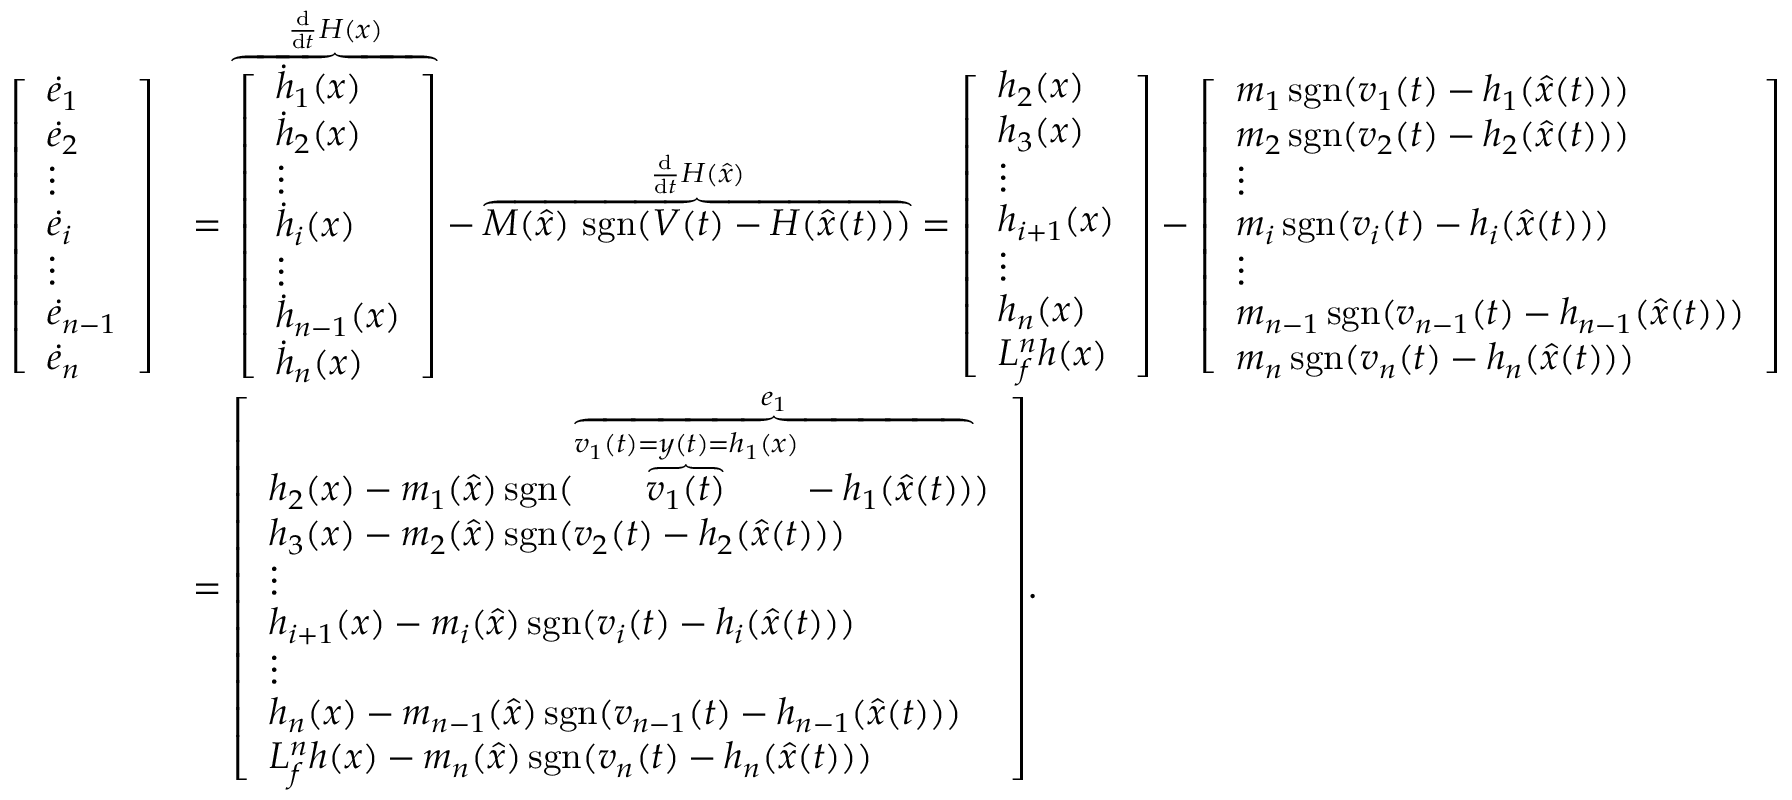
{ \begin{array} { r l } { { \left[ \begin{array} { l } { { \dot { e } } _ { 1 } } \\ { { \dot { e } } _ { 2 } } \\ { \vdots } \\ { { \dot { e } } _ { i } } \\ { \vdots } \\ { { \dot { e } } _ { n - 1 } } \\ { { \dot { e } } _ { n } } \end{array} \right] } } & { = { \mathord { \overbrace { \left[ \begin{array} { l } { { \dot { h } } _ { 1 } ( x ) } \\ { { \dot { h } } _ { 2 } ( x ) } \\ { \vdots } \\ { { \dot { h } } _ { i } ( x ) } \\ { \vdots } \\ { { \dot { h } } _ { n - 1 } ( x ) } \\ { { \dot { h } } _ { n } ( x ) } \end{array} \right] } ^ { { \frac { \mathrm { d } } { \mathrm { d } t } } H ( x ) } } } - { \mathord { \overbrace { M ( { \hat { x } } ) \, \operatorname { s g n } ( V ( t ) - H ( { \hat { x } } ( t ) ) ) } ^ { { \frac { \mathrm { d } } { \mathrm { d } t } } H ( { \hat { x } } ) } } } = { \left[ \begin{array} { l } { h _ { 2 } ( x ) } \\ { h _ { 3 } ( x ) } \\ { \vdots } \\ { h _ { i + 1 } ( x ) } \\ { \vdots } \\ { h _ { n } ( x ) } \\ { L _ { f } ^ { n } h ( x ) } \end{array} \right] } - { \left[ \begin{array} { l } { m _ { 1 } \operatorname { s g n } ( v _ { 1 } ( t ) - h _ { 1 } ( { \hat { x } } ( t ) ) ) } \\ { m _ { 2 } \operatorname { s g n } ( v _ { 2 } ( t ) - h _ { 2 } ( { \hat { x } } ( t ) ) ) } \\ { \vdots } \\ { m _ { i } \operatorname { s g n } ( v _ { i } ( t ) - h _ { i } ( { \hat { x } } ( t ) ) ) } \\ { \vdots } \\ { m _ { n - 1 } \operatorname { s g n } ( v _ { n - 1 } ( t ) - h _ { n - 1 } ( { \hat { x } } ( t ) ) ) } \\ { m _ { n } \operatorname { s g n } ( v _ { n } ( t ) - h _ { n } ( { \hat { x } } ( t ) ) ) } \end{array} \right] } } \\ & { = { \left[ \begin{array} { l } { h _ { 2 } ( x ) - m _ { 1 } ( { \hat { x } } ) \operatorname { s g n } ( { \mathord { \overbrace { { \mathord { \overbrace { v _ { 1 } ( t ) } ^ { v _ { 1 } ( t ) = y ( t ) = h _ { 1 } ( x ) } } } - h _ { 1 } ( { \hat { x } } ( t ) ) } ^ { e _ { 1 } } } } ) } \\ { h _ { 3 } ( x ) - m _ { 2 } ( { \hat { x } } ) \operatorname { s g n } ( v _ { 2 } ( t ) - h _ { 2 } ( { \hat { x } } ( t ) ) ) } \\ { \vdots } \\ { h _ { i + 1 } ( x ) - m _ { i } ( { \hat { x } } ) \operatorname { s g n } ( v _ { i } ( t ) - h _ { i } ( { \hat { x } } ( t ) ) ) } \\ { \vdots } \\ { h _ { n } ( x ) - m _ { n - 1 } ( { \hat { x } } ) \operatorname { s g n } ( v _ { n - 1 } ( t ) - h _ { n - 1 } ( { \hat { x } } ( t ) ) ) } \\ { L _ { f } ^ { n } h ( x ) - m _ { n } ( { \hat { x } } ) \operatorname { s g n } ( v _ { n } ( t ) - h _ { n } ( { \hat { x } } ( t ) ) ) } \end{array} \right] } . } \end{array} }